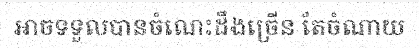
អាចទទួលបានចំណេះដឹងច្រើន តែចំណាយ